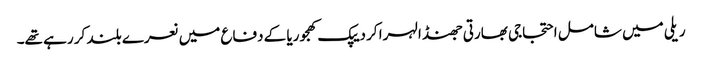
ریلی میں شامل احتجاجی بھارتی جھنڈا لہرا کر دیپک کھجوریا کے دفاع میں نعرے بلند کر رہے تھے۔